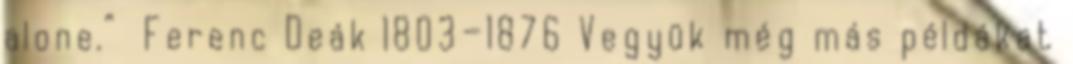
alone.” Ferenc Deák 1803—1876 Vegyük még más példákat